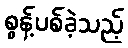
စွန့်ပစ်ခဲ့သည့်